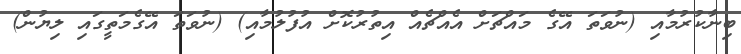
ބިނާކުރުމާއި (ނުވަތަ އޭގެ މައްޗަށް އެއްޗެއް އިތުރުކޮށް އުފުލުމާއި) (ނުވަތަ އޭގެމަތީގައި ލިޔުން)